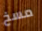
مسخ